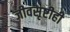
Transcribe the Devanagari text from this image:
जीवसृष्टीही